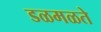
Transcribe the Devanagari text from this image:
डळमळते